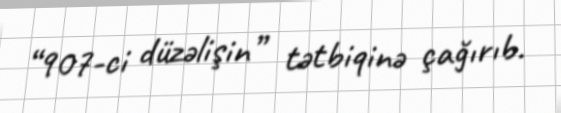
“907-ci düzəlişin” tətbiqinə çağırıb.